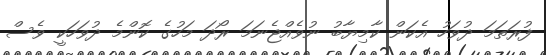
ފުރަތަމަ ދުވަހު އެކަން ކާމިޔާބު ނުވެއްޖެނަމަ ރޯދަ މަހުގެ ކޮންމެ ދުވަހަކީ ވެސް